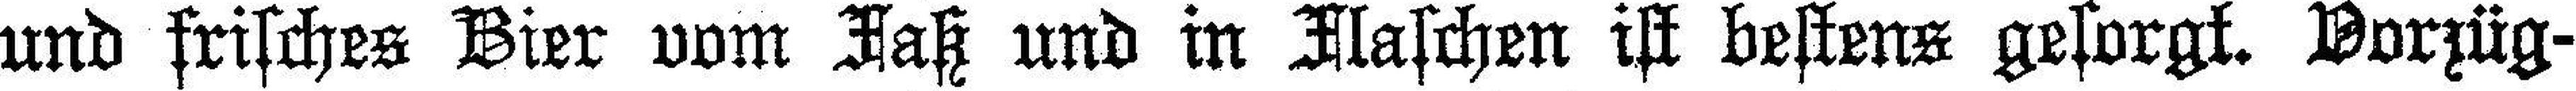
und frisches Bier vom Faß und in Flaschen ist bestens gesorgt. Vorzüg¬